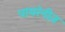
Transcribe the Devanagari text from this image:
पायरेनीज़